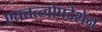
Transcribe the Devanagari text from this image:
एतत्तत्त्वोपदेशेन